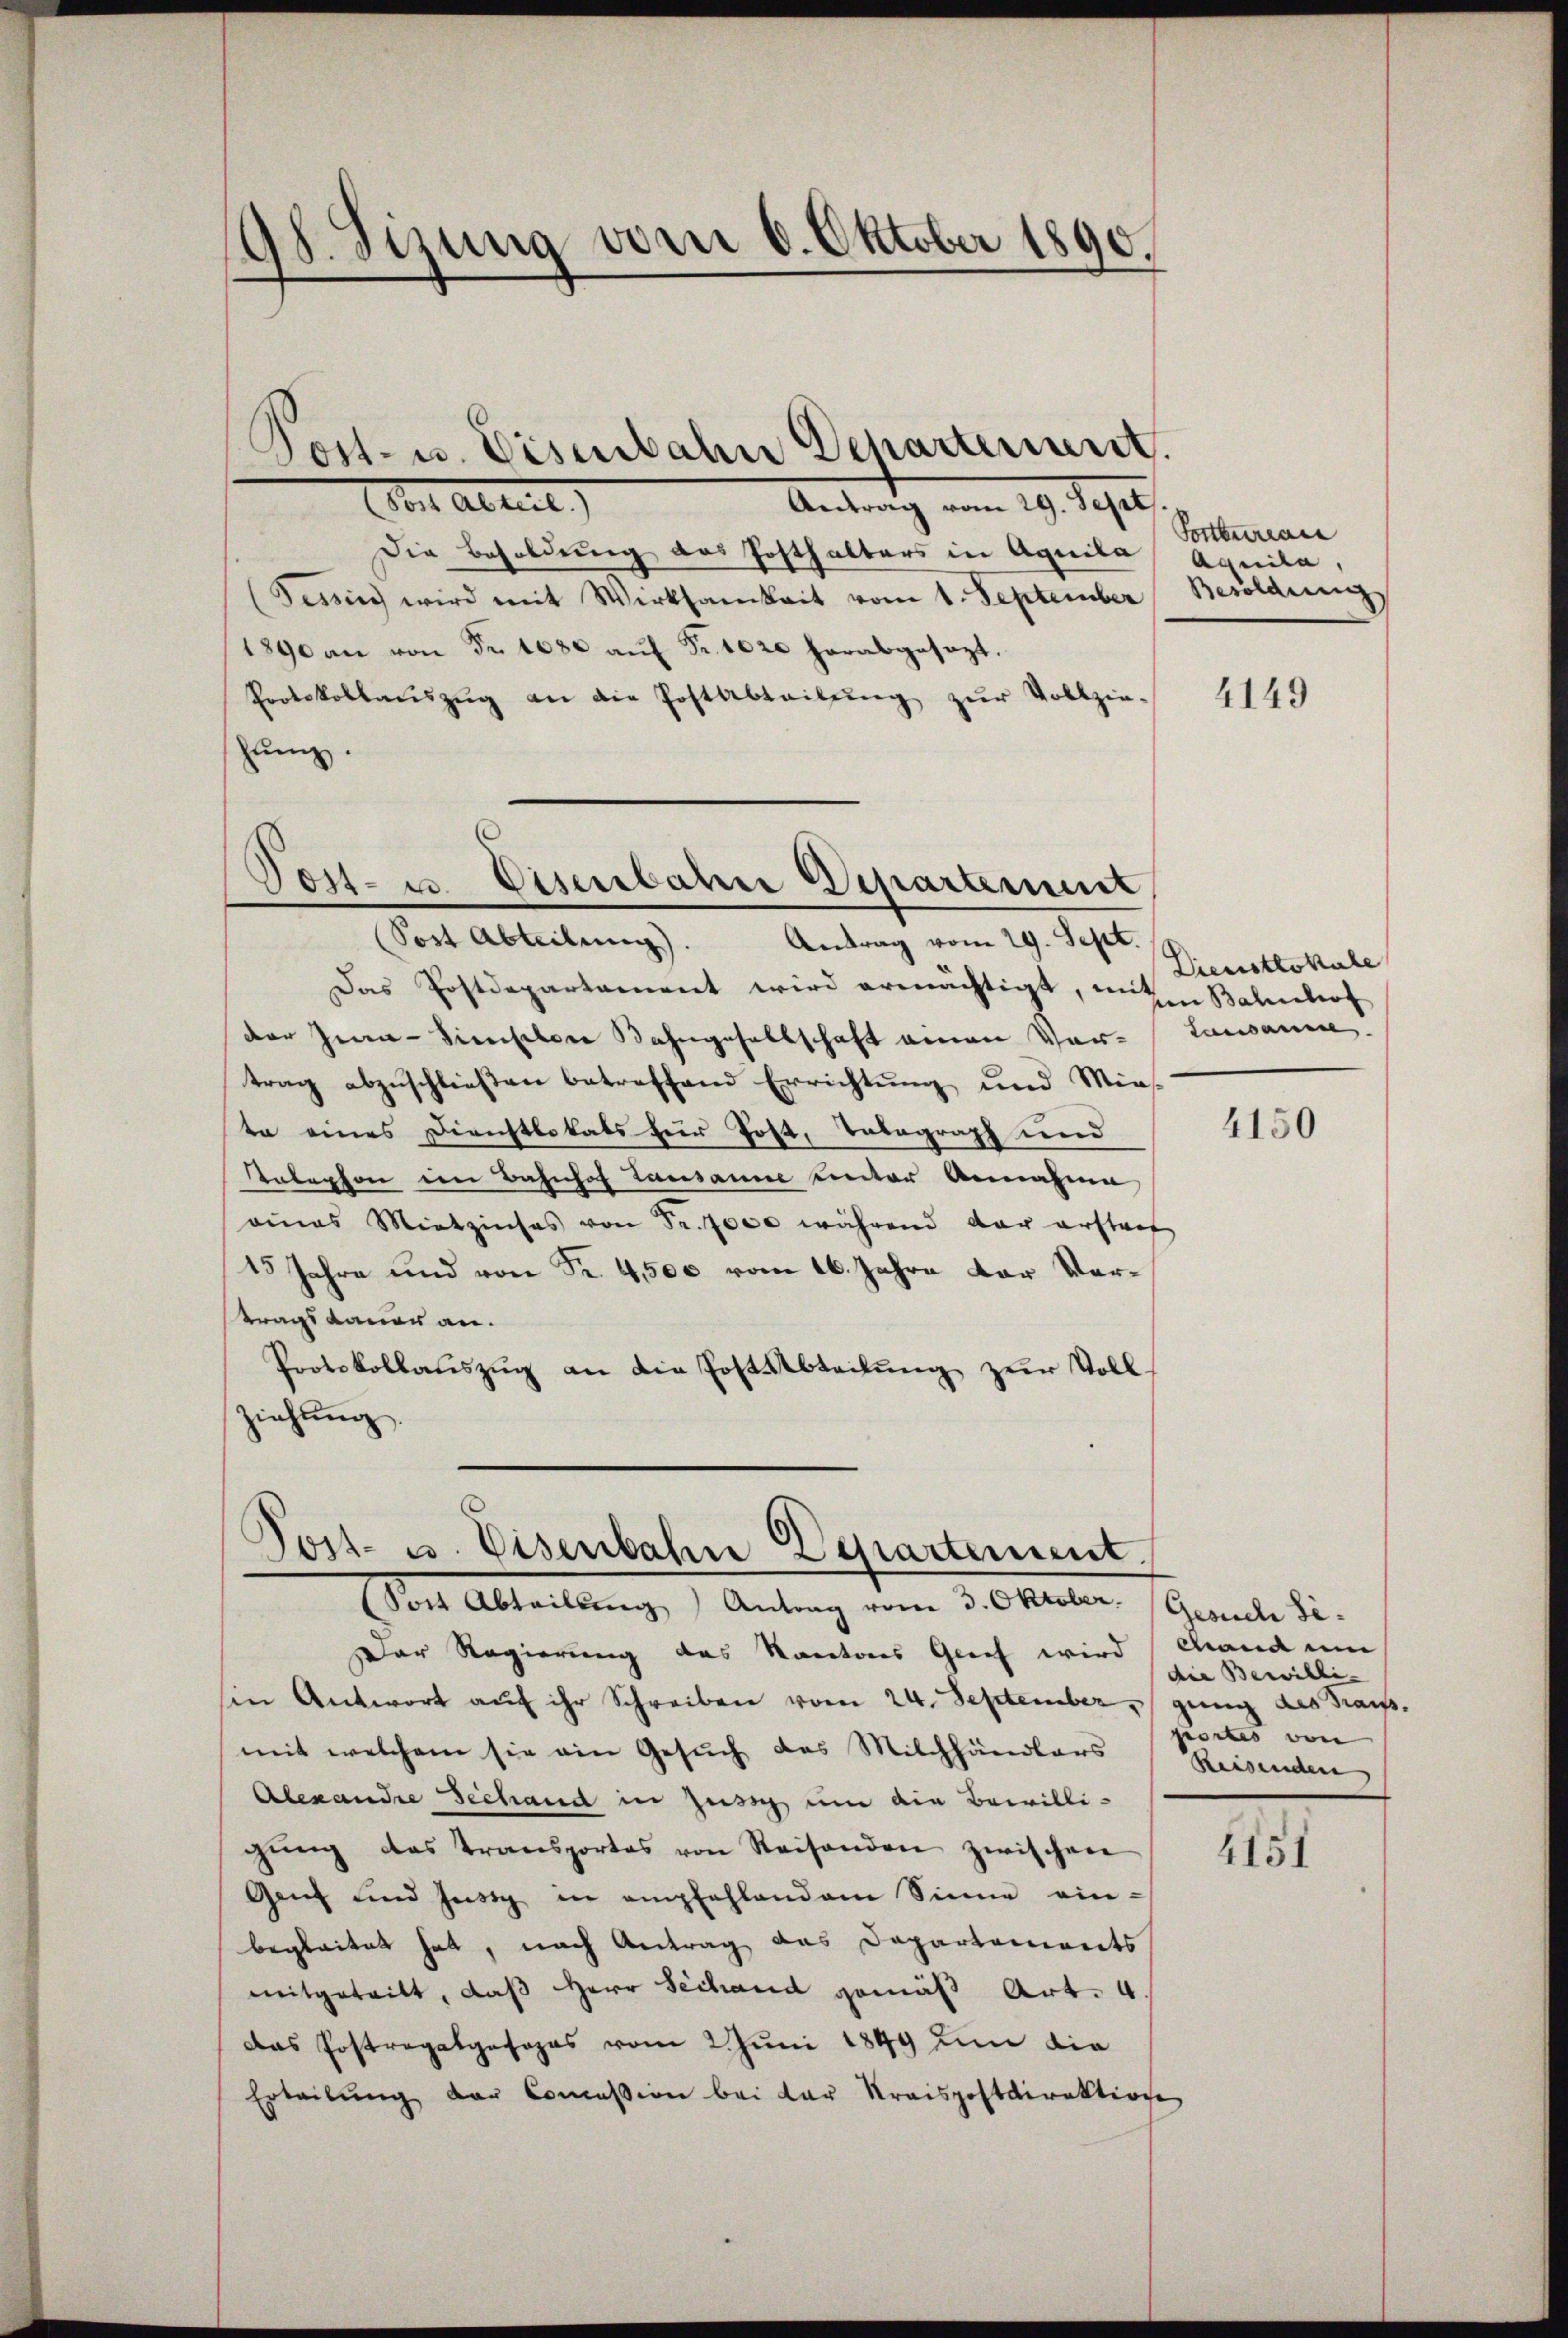
¬
98. Sizung vom 6. Oktober 1890.

Von Abreit
Antrag vom 29. Sept
Die Besoldung das Posthalters in Aquila Aquila
(Tessin wird mit Wirksamkeit vom 1. September Besoldung
1890 an von Fr. 1080 aŭf Fr. 1020 herabgesezt.
Protokollaŭszŭg an die Postabteilŭng zŭr Vollzie-
hung.
Post- u Eisenbahre Deparament

Post- u. Eisenbahn Departement.

Fort Abteilŭng. Antrag vom 29. Sept.
Das Postdepartament wird ermächtigt, miten Bahnhof
der Ina-Sienfelder Bahngesellschaft einen Vor- Lausanne.
trag abzuschließen betreffend Errichtung und Mias
te eines Direchtlokals für Post, Telegraph und
Kalephon im Bahnhof Lausanne unter Annahme
eines Mietzinses von Fr. 1000 während der erstraf
15 Jahre und von Fr. 4,500 vom 16. Jahre der Vorstrags dauer an.
Protokollauszug an die Post Abteilung zur Vollziehung.
Soit Abteilung Antrag vom 3. Oktober. (Gesuch Se¬
Der Regierung des Kantons Grief wird (land um
sin Antwort aŭf ihr Schreiben vom 24. Septembergung des Graus.
mit welchem sie ein Gesuch das Milchhändlers Reisenden
Alexandre Dechand in Zusich um die Bewilli-
gŭng das Transportes von Reisenden zwischen
Genf und Jusig in empfehlendem Sinne ein-
begleitet hat, nach Antrag das Departements
mitgeteilt, daß Herr Sechand gemäß Art. 4.
Das Postrogatgasopas vom 2. Juni 1849 um die
Erteilŭng der Concession bei der Kraispostdirektione

Post- u. Eisenbahn Departement.

Fortbureau

4149

Dienstlokale

4150

die Bewilli- |
portes von |

4151